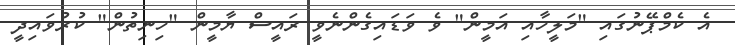
އެ ކެމްޕޭނުގައި "މަލީހާއި އަމީން" ވެ ވަޑައިގެންނެވީ ރައީސް ޔާމީން "ހިނިތުން" ކުރުވައިދީ